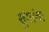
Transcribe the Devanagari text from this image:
शुंगांचा